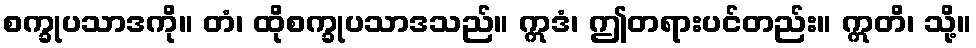
စက္ခုပသာဒကို။ တံ၊ ထိုစက္ခုပသာဒသည်။ ဣဒံ၊ ဤတရားပင်တည်း။ ဣတိ၊ သို့။